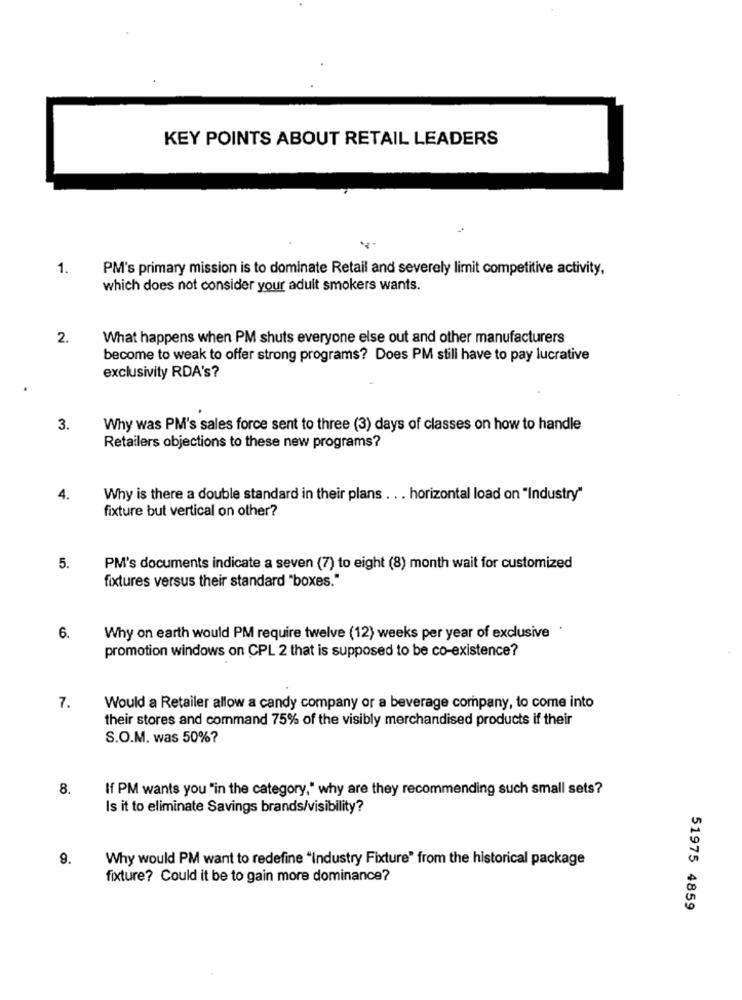
KEY POINTS ABOUT RETAIL LEADERS
1.
PM's primary mission is to dominate Retail and severely limit competitive activity,
which does not consider your adult smokers wants.
2.
What happens when PM shuts everyone else out and other manufacturers
become to weak to offer strong programs? Does PM still have to pay lucrative
exclusivity RDA's?
3.
Why was PM's sales force sent to three (3) days of classes on how to handle
Retailers objections to these new programs?
4.
Why is there a double standard in their plans . . . horizontal load on "Industry"
fixture but vertical on other?
5.
PM's documents indicate a seven (7) to eight (8) month wait for customized
fixtures versus their standard "boxes."
6.
Why on earth would PM require twelve (12) weeks per year of exclusive
promotion windows on CPL 2 that is supposed to be co-existence?
7.
Would a Retailer allow a candy company or a beverage company, to come into
their stores and command 75% of the visibly merchandised products if their
S.O.M. was 50%?
8.
If PM wants you "in the category," why are they recommending such small sets?
Is it to eliminate Savings brands/visibility?
9.
Why would PM want to redefine "Industry Fixture" from the historical package
fixture? Could it be to gain more dominance?
51975 4859